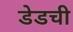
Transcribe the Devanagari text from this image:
डेडची